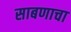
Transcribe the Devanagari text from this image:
साबणाचा